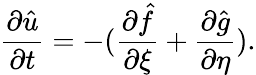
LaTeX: \frac{\partial\hat{u}}{\partial t}=-(\frac{\partial\hat{f}}{\partial\xi}+\frac{\partial\hat{g}}{\partial\eta}).